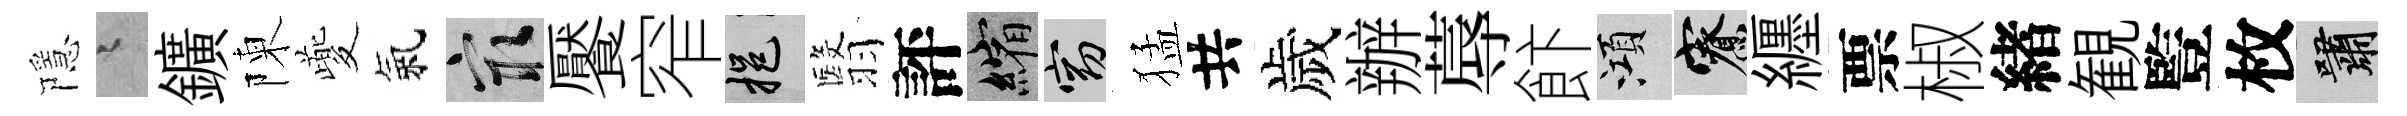
隱迢鑛陳夔氣冣饜窄挹翳評縮窈猛共歲辦蓐飰澒寮纒票椒緖観䜿枚嘯